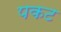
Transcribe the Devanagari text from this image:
पकट